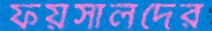
ফয়সালদের